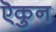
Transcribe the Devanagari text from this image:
ऎकुन